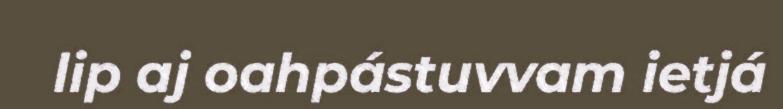
lip aj oahpástuvvam ietjá